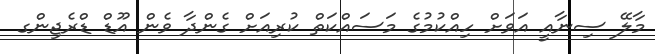
މާލޭ ސިނާއީ އަވަށް ހިއްކުމުގެ މަސައްކަތް ކުރިއަށް ގެންދާ ވެން އޫޑް ޑްރެޖިންގ